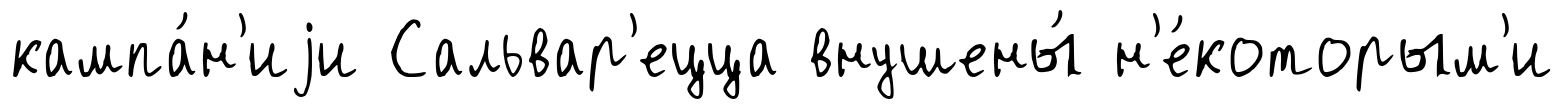
кампа́н'иjи Сальвар'ецца внушены́ н'е́которым'и